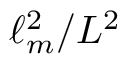
\ell _ { m } ^ { 2 } / L ^ { 2 }